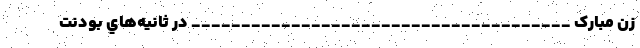
زن مبارک ______________________________________ در ثانیه‌هاي‌ بودنت